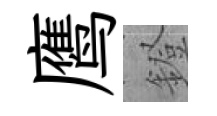
鹰鐙